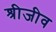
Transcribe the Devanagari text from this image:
श्रीजीव